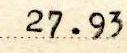
27.93